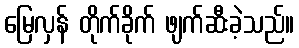
မြေလှန် တိုက်ခိုက် ဖျက်ဆီးခဲ့သည်။